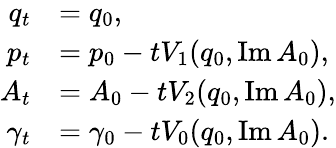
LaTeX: \begin{array}{rl}{q_{t}}&{=q_{0},}\\ {p_{t}}&{=p_{0}-tV_{1}(q_{0},\operatorname{Im}A_{0}),}\\ {A_{t}}&{=A_{0}-tV_{2}(q_{0},\operatorname{Im}A_{0}),}\\ {\gamma_{t}}&{=\gamma_{0}-tV_{0}(q_{0},\operatorname{Im}A_{0}).}\end{array}